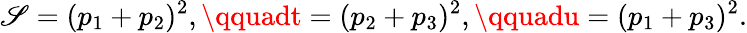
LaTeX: \mathscr{S}=(p_{1}+p_{2})^{2},\qquadt=(p_{2}+p_{3})^{2},\qquadu=(p_{1}+p_{3})^{2}.